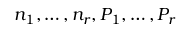
n _ { 1 } , \dots , n _ { r } , P _ { 1 } , \dots , P _ { r }